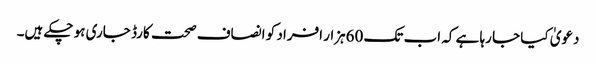
دعویٰ کیا جا رہا ہے کہ اب تک 60ہزار افراد کو انصاف صحت کارڈ جاری ہو چکے ہیں۔